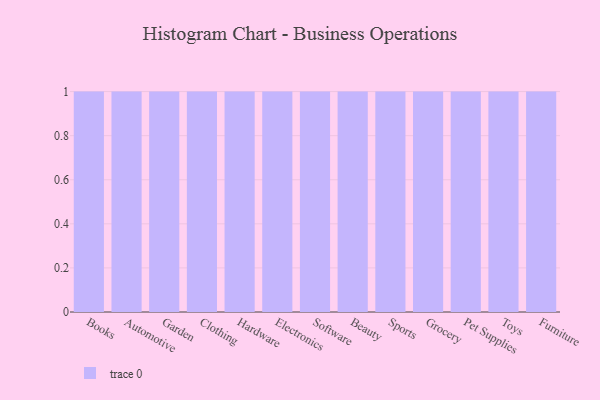
{"axis": {"x": "Category", "y": "Net Income (USD K)"}, "legend": [""], "data": [{"x": "Books", "y": 16, "type": ""}, {"x": "Automotive", "y": 55, "type": ""}, {"x": "Garden", "y": 58, "type": ""}, {"x": "Clothing", "y": 62, "type": ""}, {"x": "Hardware", "y": 81, "type": ""}, {"x": "Electronics", "y": 72, "type": ""}, {"x": "Software", "y": 42, "type": ""}, {"x": "Beauty", "y": 43, "type": ""}, {"x": "Sports", "y": 7, "type": ""}, {"x": "Grocery", "y": 28, "type": ""}, {"x": "Pet Supplies", "y": 56, "type": ""}, {"x": "Toys", "y": 50, "type": ""}, {"x": "Furniture", "y": 97, "type": ""}]}